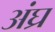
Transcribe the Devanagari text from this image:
अंघ्र